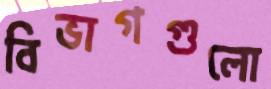
বিভাগগুলো